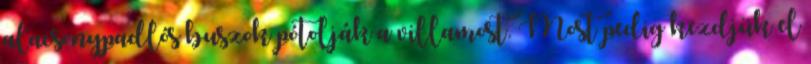
alacsonypadlós buszok pótolják a villamost. Most pedig kezdjük el